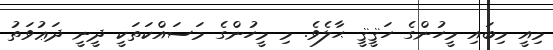
މިއީ މިބައި މީހުންގެ ހަޤީޤީ ޙާލެވެ. މި މީހުންގެ މަސައްކަތަކީ ދީނީ ދަޢުވަތު